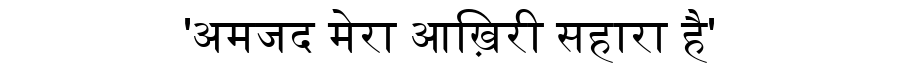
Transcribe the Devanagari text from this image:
'अमजद मेरा आख़िरी सहारा है'